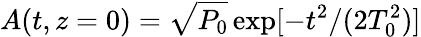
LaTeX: A(t,z=0)=\sqrt{P_{0}}\exp[-t^{2}/(2T_{0}^{2})]